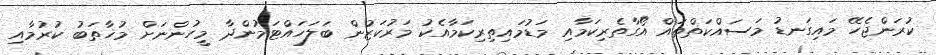
ކުރަންޖެހޭ މައިގަނޑު މަސައްކަތްތައް އޯގާތެރިކަމާއި މަޑުމައިތިރިކަމާއެކު މަރުކަޒުން ބަލަހައްޓަމުންދާ މީހުންނަށް މުޚާތަބު ކުރުމާއި